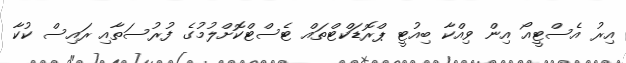
އިރު އެސްޓީއޯ އިން ވިއްކާ ބިއުޓީ ޕްރޮޑަކްޓްތައް ޓެސްޓްކޮށްލުމުގެ ފުރުސަތާއި ރައިސް ކުކާ